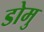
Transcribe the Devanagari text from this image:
डोमु